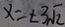
x = \pm 3 \sqrt { 2 }